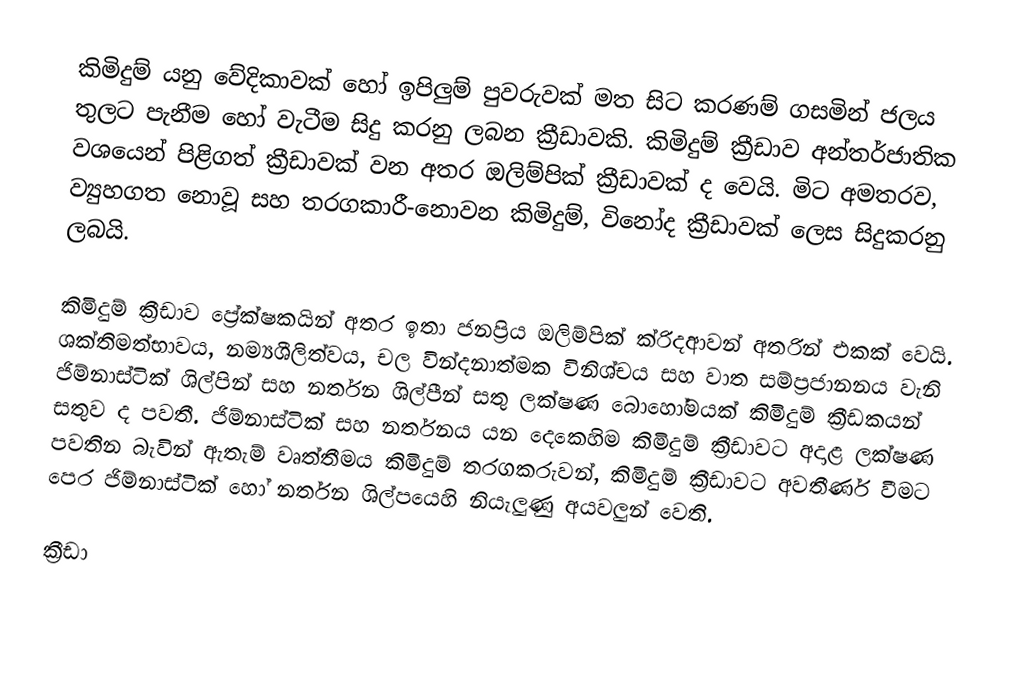
කිමිදුම් යනු වේදිකාවක් හෝ ඉපිලුම් පුවරුවක් මත සිට කරණම් ගසමින් ජලය තුලට පැනීම හෝ වැටීම සිදු කරනු ලබන ක්‍රීඩාවකි. කිමිදුම් ක්‍රීඩාව අන්තර්ජාතික වශයෙන් පිළිගත් ක්‍රීඩාවක් වන අතර ඔලිම්පික් ක්‍රීඩාවක් ද වෙයි. මිට අමතරව, ව්‍යුහගත නොවූ සහ තරගකාරී-නොවන කිමිදුම්, විනෝද ක්‍රීඩාවක් ලෙස සිදුකරනු ලබයි.

කිමිදුම් ක්‍රීඩාව ප්‍රේක්ෂකයින් අතර ඉතා ජනප්‍රිය ඔලිම්පික් ක්රිදආවන් අතරින් එකක් වෙයි. ශක්තිමත්භාවය, නම්‍යශීලිත්වය, චල වින්දනාත්මක විනිශ්චය සහ වාත සම්ප්‍රජානනය වැනි ජිම්නාස්ටික් ශිල්පින් සහ නර්තන ශිල්පීන් සතු ලක්ෂණ බොහෝමයක් කිමිදුම් ක්‍රීඩකයන් සතුව ද පවතී. ජිම්නාස්ටික් සහ නර්තනය යන දෙකෙහිම කිමිදුම් ක්‍රීඩාවට අදාළ ලක්ෂණ පවතින බැවින් ඇතැම් වෘත්තීමය කිමිදුම් තරගකරුවන්, කිමිදුම් ක්‍රීඩාවට අවතීර්ණ වීමට පෙර ජිම්නාස්ටික් හෝ නර්තන ශිල්පයෙහි නියැලුණු අයවලුන් වෙති.

ක්‍රීඩා